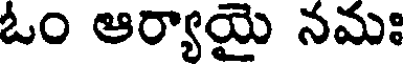
ఓం ఆర్యాయై నమః